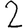
Digit: 2